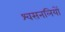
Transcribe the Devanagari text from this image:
श्वसनलियों